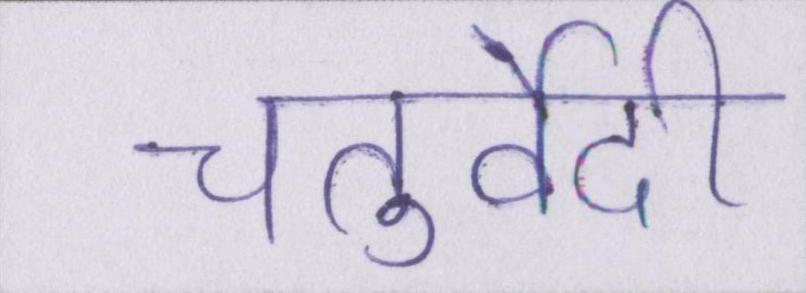
चतुर्वेदी